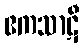
ဧကသာဋီ